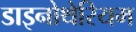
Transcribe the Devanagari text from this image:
डाइनोथेरियम